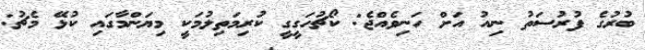
ބުރުގެ ފުރުސަތު ނިއު އަށް ހަނިވެއްޖެ: ކޯޗުހަގީގީ ކުރިމަތިލުމަކީ މިޔަންމާގައި ކުޅޭ މެޗު: